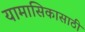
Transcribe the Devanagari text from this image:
यामासिकासाठी